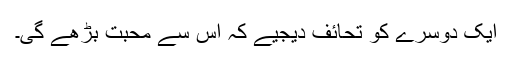
ایک دوسرے کو تحائف دیجیے کہ اس سے محبت بڑھے گی۔